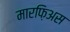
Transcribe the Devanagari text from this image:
मारफ़िअस